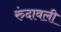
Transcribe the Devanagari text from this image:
रुंदावली